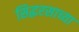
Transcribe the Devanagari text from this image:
सिद्धरसाच्या